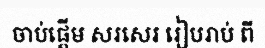
ចាប់ផ្តើម សរសេរ រៀបរាប់ ពី